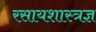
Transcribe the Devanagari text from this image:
रसायशास्त्रज्ञ